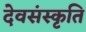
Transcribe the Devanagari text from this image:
देवसंस्कृति